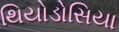
થિયોડોસિયા